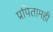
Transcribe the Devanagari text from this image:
प्रपितामही